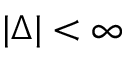
| \Delta | < \infty